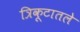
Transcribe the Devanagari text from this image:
त्रिकूटातले